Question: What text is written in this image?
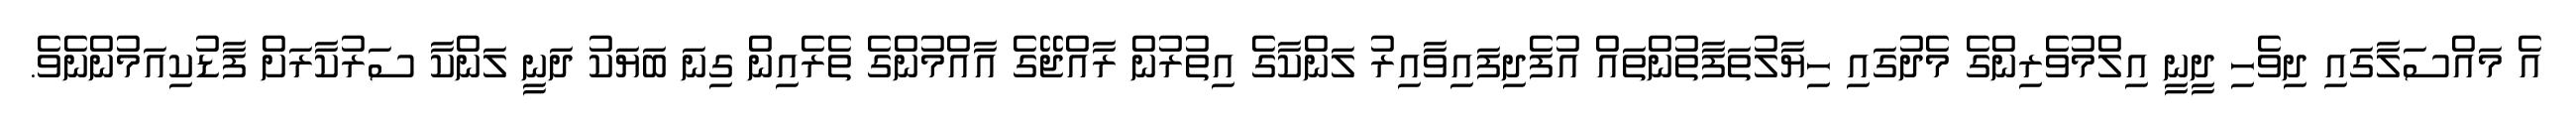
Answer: އެ މައްސަލާގައި ދިވެހި ދީނީ އިލްމުވެރިންގެ މެދުގައި ހިޔާލުތަފާތުންތައް އުފެދިފައިވާއިރު ލަންކާގެ އިތުރުން ރާއްޖޭގެ އާއްމުންގެ ތެރެއިން ގިނަ ބަޔަކު ދަނީ ލަންކާ ސަރުކާރަށް ފާޑުކިއަމުންނެވެ.